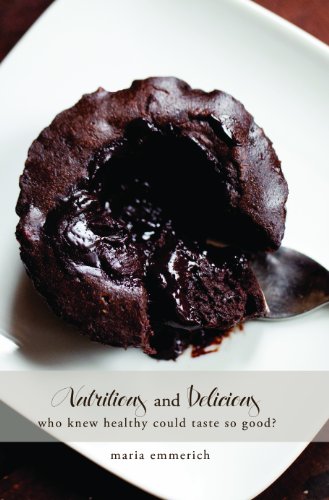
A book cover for Nutritious and Delicious; Maria Emmerich; Cookbooks, Food & Wine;